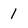
Character: 1